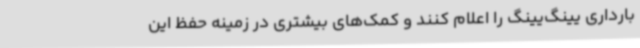
بارداری یینگ‌یینگ را اعلام کنند و کمک‌های بیشتری در زمینه حفظ این